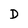
Character: D